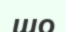
шо